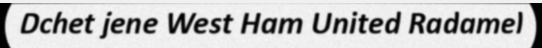
Dchet jene West Ham United Radamel